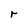
Character: r